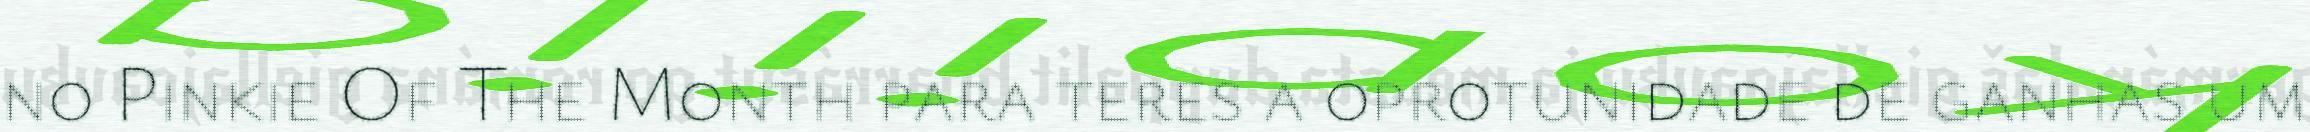
no Pinkie Of The Month para teres a oprotunidade de ganhas um